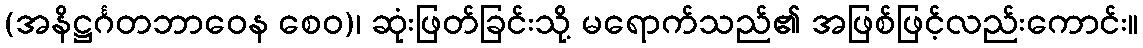
(အနိဋ္ဌင်္ဂတဘာဝေန စေဝ)၊ ဆုံးဖြတ်ခြင်းသို့ မရောက်သည်၏ အဖြစ်ဖြင့်လည်းကောင်း။